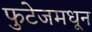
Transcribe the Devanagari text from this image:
फुटेजमधून